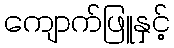
ကျောက်ဖြူနှင့်